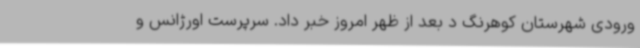
ورودی شهرستان کوهرنگ د بعد از ظهر امروز خبر داد. سرپرست اورژانس و